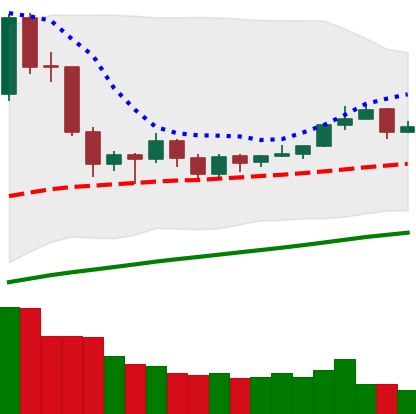
Ticker: EOS-USD
Chart end date: 2019-06-19
Forward return: 5.144%
Label: up_5_7